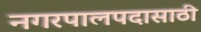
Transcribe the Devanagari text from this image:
नगरपालपदासाठी